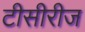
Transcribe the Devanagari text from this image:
टीसीरीज